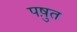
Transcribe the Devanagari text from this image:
पष़ुत